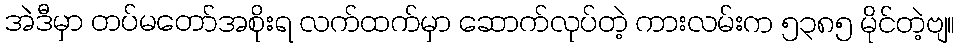
အဲဒီမှာ တပ်မတော်အစိုးရ လက်ထက်မှာ ဆောက်လုပ်တဲ့ ကားလမ်းက ၅၃၈၅ မိုင်တဲ့ဗျ။